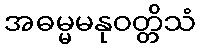
အဓမ္မမနုဝတ္တိသံ